Scottish Leaving Certificate Examination, 1953
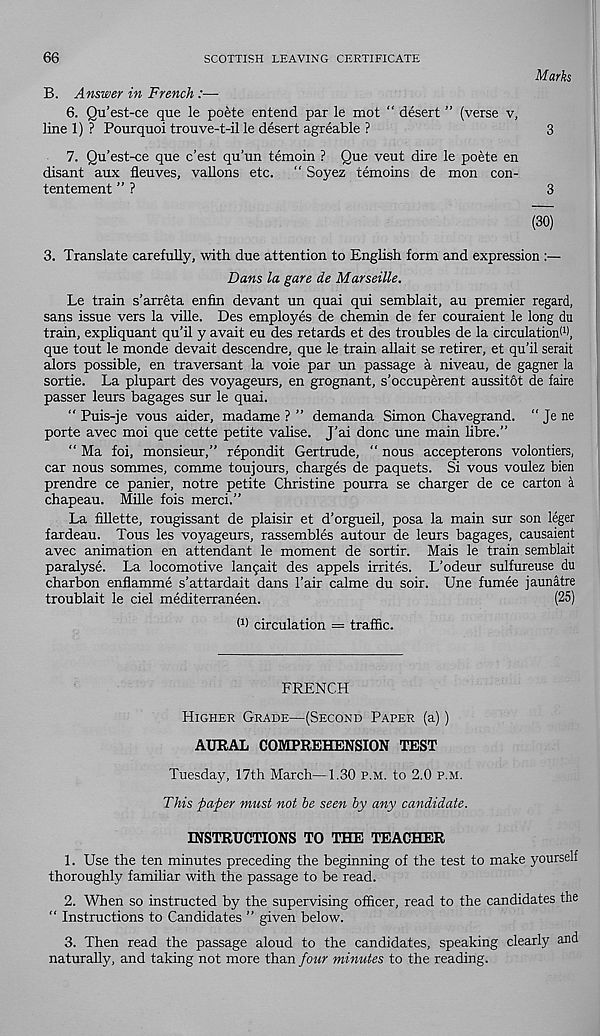
66
SCOTTISH LEAVING CERTIFICATE
Marks
B. Answer in French :—-
6. Qu’est-ce que le poete entend par le mot “ desert ” (verse v,
line 1) ? Pourquoi trouve-t-il le desert agreable ?
3
7. Qu’est-ce que c’est qu’un temoin ? Que veut dire le poete en
disant aux fleuves, vallons etc. “ Soyez temoins de mon con-
tentement ” ?
3
(30)
3. Translate carefully, with due attention to English form and expression
Dans la gare de Marseille.
Le train s’arreta enfin devant un quai qui semblait, an premier regard,
sans issue vers la ville. Des employes de chemin de fer couraient le long du
train, expliquant qu’il y avait eu des retards et des troubles de la circulation! 1 ),
que tout le monde devait descendre, que le train allait se retirer, et qu’il serait
alors possible, en traversant la voie par un passage a niveau, de gagner la
sortie. La plupart des voyageurs, en grognant, s’occuperent aussitot de faire
passer leurs bagages sur le quai.
" Puis-je vous aider, madame ? ” demanda Simon Chavegrand. “ Je ne
porte avec moi que cette petite valise. J’ai done une main libre.”
“ Ma foi, monsieur,” repondit Gertrude, “ nous accepterons volontiers,
car nous sommes, comme toujours, charges de paquets. Si vous voulez bien
prendre ce panier, notre petite Christine pourra se charger de ce carton a
chapeau. Mille fois merci.”
La fillette, rougissant de plaisir et d’orgueil, posa la main sur son leger
fardeau. Tous les voyageurs, rassembles autour de leurs bagages, causaient
avec animation en attendant le moment de sortir. Mais le train semblait
paralyse. La locomotive lan5ait des appels irrites. L’odeur sulfureuse du
charbon enflamme s’attardait dans 1’air calme du soir. Une fumee jaunatre
troublait le del mediterraneen.
(25)
O) circulation = traffic.
FRENCH
Higher Grade—(Second Paper (a))
AURAL COMPREHENSION TEST
Tuesday, 17th March—1.30 p.m. to 2.0 p.m.
This paper must not he seen by any candidate.
INSTRUCTIONS TO THE TEACHER
1. Use the ten minutes preceding the beginning of the test to make yourself
thoroughly familiar with the passage to be read.
2. When so instructed by the supervising officer, read to the candidates the
“ Instructions to Candidates ” given below.
3. Then read the passage aloud to the candidates, speaking clearly and
naturally, and taking not more than four minutes to the reading.